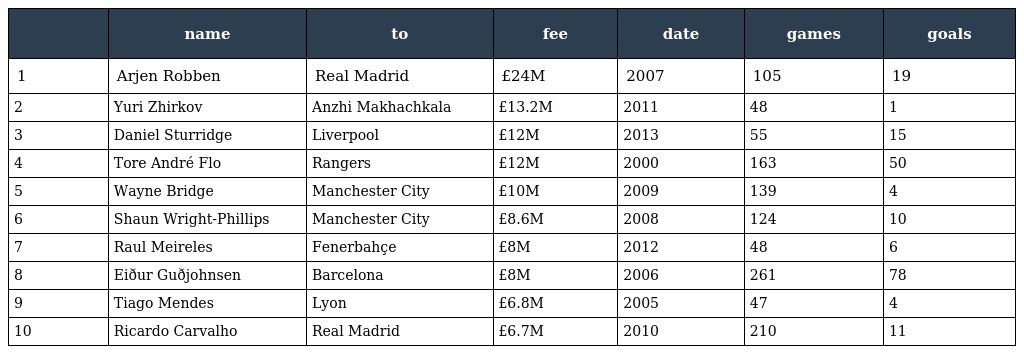
|  | name | to | fee | date | games | goals |
 | --- | --- | --- | --- | --- | --- | --- |
 | 1 | Arjen Robben | Real Madrid | £24M | 2007 | 105 | 19 |
 | 2 | Yuri Zhirkov | Anzhi Makhachkala | £13.2M | 2011 | 48 | 1 |
 | 3 | Daniel Sturridge | Liverpool | £12M | 2013 | 55 | 15 |
 | 4 | Tore André Flo | Rangers | £12M | 2000 | 163 | 50 |
 | 5 | Wayne Bridge | Manchester City | £10M | 2009 | 139 | 4 |
 | 6 | Shaun Wright-Phillips | Manchester City | £8.6M | 2008 | 124 | 10 |
 | 7 | Raul Meireles | Fenerbahçe | £8M | 2012 | 48 | 6 |
 | 8 | Eiður Guðjohnsen | Barcelona | £8M | 2006 | 261 | 78 |
 | 9 | Tiago Mendes | Lyon | £6.8M | 2005 | 47 | 4 |
 | 10 | Ricardo Carvalho | Real Madrid | £6.7M | 2010 | 210 | 11 |